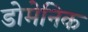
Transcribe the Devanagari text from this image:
डोमेनिक